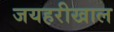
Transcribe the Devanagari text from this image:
जयहरीखाल